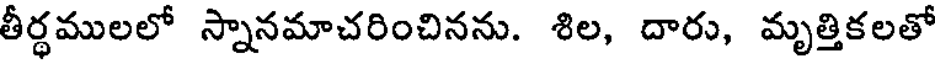
తీర్ధములలో స్నానమాచరించినను. శిల, దారు, మృత్తికలతో